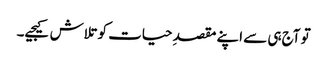
تو آج ہی سے اپنے مقصدِ حیات کو تلاش کیجیے۔